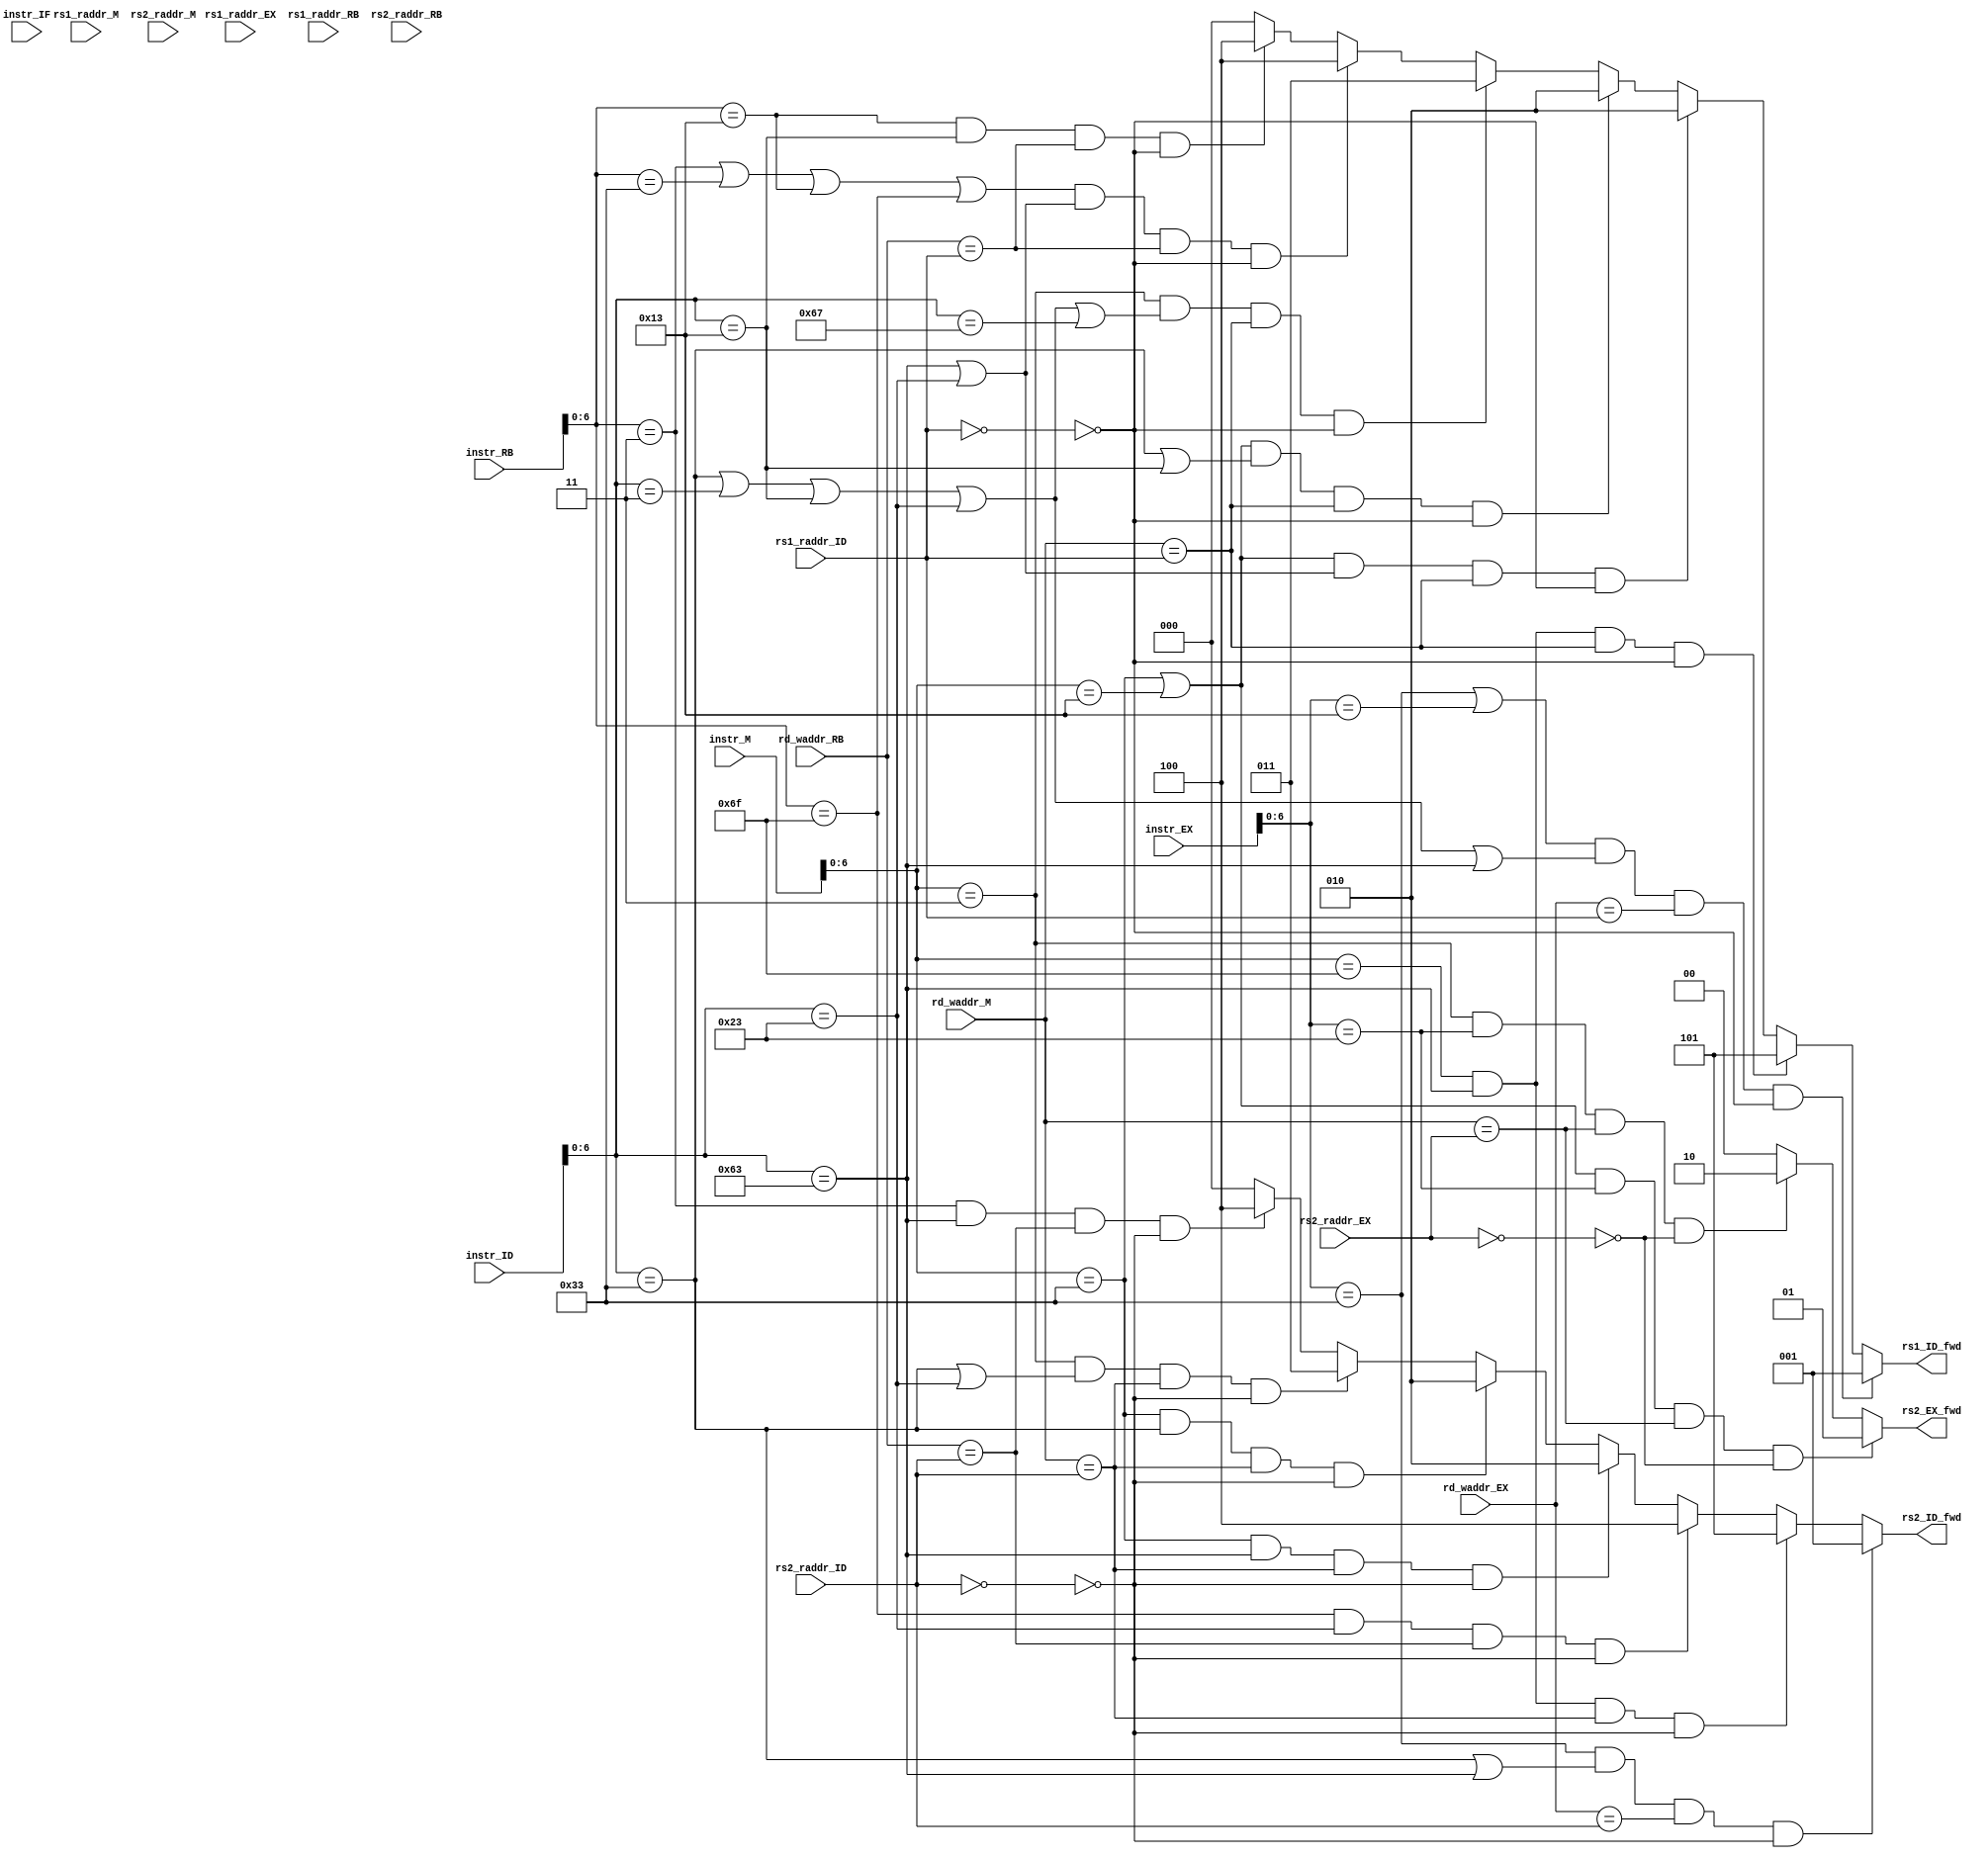
// `include "Def.v"
// OPCODE
`define R_TYPE        7'b0110011
`define I_TYPE_OP_IMM 7'b0010011
`define I_TYPE_LOAD   7'b0000011
`define S_TYPE        7'b0100011
`define B_TYPE        7'b1100011
`define J_TYPE        7'b1101111
`define I_TYPE_JALR   7'b1100111
`define U_TYPE_LUI    7'b0110111
`define U_TYPE_AUIPC  7'b0010111

// FUNCT3
// R_TYPE
`define FUNCT3_ADD  3'h0
`define FUNCT3_SUB  3'h0
`define FUNCT3_XOR  3'h4
`define FUNCT3_OR   3'h6
`define FUNCT3_AND  3'h7
`define FUNCT3_SLL  3'h1
`define FUNCT3_SRL  3'h5
`define FUNCT3_SRA  3'h5
`define FUNCT3_SLT  3'h2
`define FUNCT3_SLTU 3'h3
// I_TYPE_OP_IMM
`define FUNCT3_ADDI  3'h0
`define FUNCT3_XORI  3'h4
`define FUNCT3_ORI   3'h6
`define FUNCT3_ANDI  3'h7
`define FUNCT3_SLLI  3'h1
`define FUNCT3_SRLI  3'h5
`define FUNCT3_SRAI  3'h5
`define FUNCT3_SLTI  3'h2
`define FUNCT3_SLTIU 3'h3
// I_TYPE_LOAD
`define FUNCT3_LB  3'h0
`define FUNCT3_LH  3'h1
`define FUNCT3_LW  3'h2
`define FUNCT3_LBU 3'h4
`define FUNCT3_LHU 3'h5
// S_TYPE
`define FUNCT3_SB 3'h0
`define FUNCT3_SH 3'h1
`define FUNCT3_SW 3'h2
// B_TYPE
`define FUNCT3_BEQ  3'h0
`define FUNCT3_BNE  3'h1
`define FUNCT3_BLT  3'h4
`define FUNCT3_BGE  3'h5
`define FUNCT3_BLTU 3'h6
`define FUNCT3_BGEU 3'h7
// J_TYPE
`define FUNCT3_JAL  3'h0  // no funct3
// I_TYPE_JALR
`define FUNCT3_JALR 3'h0
// U_TYPE_LUI
`define FUNCT3_LUI   3'h0 // no funct3
// U_TYPE_AUIPC
`define FUNCT3_AUIPC 3'h0 // no funct3

// FUNCT7
// R_TYPE
`define FUNCT7_ADD  7'h00
`define FUNCT7_SUB  7'h20
`define FUNCT7_XOR  7'h00
`define FUNCT7_OR   7'h00
`define FUNCT7_AND  7'h00
`define FUNCT7_SLL  7'h00
`define FUNCT7_SRL  7'h00
`define FUNCT7_SRA  7'h20
`define FUNCT7_SLT  7'h00
`define FUNCT7_SLTU 7'h00
// I_TYPE_OP_IMM
`define FUNCT7_ADDI  7'h00 // no funct7
`define FUNCT7_XORI  7'h00 // no funct7
`define FUNCT7_ORI   7'h00 // no funct7
`define FUNCT7_ANDI  7'h00 // no funct7
`define FUNCT7_SLLI  7'h00
`define FUNCT7_SRLI  7'h00
`define FUNCT7_SRAI  7'h20
`define FUNCT7_SLTI  7'h00 // no funct7
`define FUNCT7_SLTIU 7'h00 // no funct7
// I_TYPE_LOAD
`define FUNCT7_LB  7'h00   // no funct7
`define FUNCT7_LH  7'h00   // no funct7
`define FUNCT7_LW  7'h00   // no funct7
`define FUNCT7_LBU 7'h00   // no funct7
`define FUNCT7_LHU 7'h00   // no funct7
// S_TYPE
`define FUNCT7_SB 7'h00    // no funct7
`define FUNCT7_SH 7'h00    // no funct7
`define FUNCT7_SW 7'h00    // no funct7
// B_TYPE
`define FUNCT7_BEQ  7'h00  // no funct7
`define FUNCT7_BNE  7'h00  // no funct7
`define FUNCT7_BLT  7'h00  // no funct7
`define FUNCT7_BGE  7'h00  // no funct7
`define FUNCT7_BLTU 7'h00  // no funct7
`define FUNCT7_BGEU 7'h00  // no funct7
// J_TYPE
`define FUNCT7_JAL  7'h00  // no funct7
// I_TYPE_JALR
`define FUNCT7_JALR 7'h00  // no funct7
// U_TYPE_LUI
`define FUNCT7_LUI   7'h00 // no funct7
// U_TYPE_AUIPC
`define FUNCT7_AUIPC 7'h00 // no funct7
module forward_unit (
        input [32-1: 0] instr_IF,
        input [32-1: 0] instr_ID,
        input [32-1:0] instr_EX,
        input [32-1:0] instr_M,
        input [32-1:0] instr_RB,
        input [5-1: 0] rs1_raddr_ID,
        input [5-1: 0] rs2_raddr_ID,

        input [5-1: 0] rs1_raddr_EX,
        input [5-1: 0] rs2_raddr_EX,
        input [5-1: 0] rd_waddr_EX,
        input [5-1: 0] rs1_raddr_M,
        input [5-1: 0] rs2_raddr_M,
        input [5-1: 0] rd_waddr_M,
        input [5-1: 0] rs1_raddr_RB,
        input [5-1: 0] rs2_raddr_RB,
        input [5-1: 0] rd_waddr_RB,

        
        output [3-1: 0] rs1_ID_fwd, 
        // 0,  1: EX_alu_result-> ID_rs1_rdata 2: M_alu_result-> ID_rs1_rdata, 3: M_memrdata-> ID_rs1_rdata
        
        output [3-1: 0] rs2_ID_fwd, 
        // 0,  1: EX_alu_result-> ID_rs2_rdata 2: M_alu_result-> ID_rs2_rdata, 3: M_memrdata-> ID_rs2_rdata
        
        output [2-1: 0] rs2_EX_fwd 
        // 0, 1: M_alu_result-> EX_rs2_rdata, 2: M_memrdata-> EX_rs2_rdata
);

    wire [6:0] op_IF;
    wire [6:0] op_ID;
    wire [6:0] op_EX;
    wire [6:0] op_M;
    wire [6:0] op_RB;

    assign op_IF = instr_IF[6:0];
    assign op_ID = instr_ID[6:0];
    assign op_EX = instr_EX[6:0];
    assign op_M = instr_M[6:0];
    assign op_RB = instr_RB[6:0];


    // assign rs1_ID_fwd = 0;
    // assign rs2_ID_fwd = 0;
    // assign rs2_EX_fwd = 0;

    assign rs1_ID_fwd = (((op_EX==`R_TYPE || op_EX==`I_TYPE_OP_IMM) && (op_ID==`R_TYPE || op_ID==`I_TYPE_LOAD || op_ID==`I_TYPE_OP_IMM || op_ID==`S_TYPE || op_ID==`B_TYPE) && rd_waddr_EX == rs1_raddr_ID && ~(rs1_raddr_ID == 0))==1)? 1:

        (((op_M==`J_TYPE) && (op_ID==`B_TYPE) && rd_waddr_M == rs1_raddr_ID && ~(rs1_raddr_ID == 0))==1)? 5:
        (((op_M==`R_TYPE || op_M==`I_TYPE_OP_IMM) && (op_ID==`B_TYPE || op_ID==`S_TYPE) && rd_waddr_M == rs1_raddr_ID)==1 && ~(rs1_raddr_ID == 0))? 2:
        (((op_M==`R_TYPE || op_M==`I_TYPE_OP_IMM) && (op_ID==`R_TYPE || op_ID==`I_TYPE_OP_IMM) && rd_waddr_M == rs1_raddr_ID)==1 && ~(rs1_raddr_ID == 0))? 2:
        ((op_M==`I_TYPE_LOAD && (op_ID==`R_TYPE || op_ID==`I_TYPE_LOAD || op_ID==`I_TYPE_OP_IMM || op_ID==`S_TYPE || op_ID==`I_TYPE_JALR) && rd_waddr_M == rs1_raddr_ID && ~(rs1_raddr_ID == 0))==1)? 3: 
        ((((op_RB==`I_TYPE_LOAD || op_RB==`R_TYPE || op_RB==`I_TYPE_OP_IMM || op_RB == `J_TYPE) && (op_ID==`B_TYPE || op_ID==`S_TYPE)) && rd_waddr_RB == rs1_raddr_ID && ~(rs1_raddr_ID == 0))==1) ? 4:
        ((op_RB==`I_TYPE_OP_IMM && op_ID==`I_TYPE_OP_IMM && rd_waddr_RB == rs1_raddr_ID && ~(rs1_raddr_ID == 0))==1)? 4: 0;

    assign rs2_ID_fwd = ((op_EX==`R_TYPE && (op_ID==`R_TYPE || op_ID==`B_TYPE) && rd_waddr_EX == rs2_raddr_ID && ~(rs2_raddr_ID == 0))==1)? 1:
        
        (((op_M==`J_TYPE) && (op_ID==`B_TYPE) && rd_waddr_M == rs2_raddr_ID && ~(rs2_raddr_ID == 0))==1)? 5:
        ((((op_RB == `J_TYPE) && (op_ID==`S_TYPE)) && rd_waddr_RB == rs2_raddr_ID && ~(rs2_raddr_ID == 0))==1) ? 4:
        ((op_M==`R_TYPE && op_ID==`B_TYPE && rd_waddr_M == rs2_raddr_ID && ~(rs2_raddr_ID == 0))==1)? 2:
        (((op_M==`R_TYPE) && (op_ID==`R_TYPE) && rd_waddr_M == rs2_raddr_ID)==1 && ~(rs2_raddr_ID == 0))? 2:
        ((op_M==`I_TYPE_LOAD && (op_ID==`R_TYPE || op_ID==`S_TYPE) && rd_waddr_M == rs2_raddr_ID && ~(rs2_raddr_ID == 0))==1)? 3: 
        (((op_RB==`I_TYPE_LOAD && op_ID==`B_TYPE) && rd_waddr_RB == rs2_raddr_ID && ~(rs2_raddr_ID == 0))==1) ? 4: 0;

    assign rs2_EX_fwd = (((op_M==`R_TYPE || op_M==`I_TYPE_OP_IMM ) && op_EX==`S_TYPE && rd_waddr_M == rs2_raddr_EX && ~(rs2_raddr_EX == 0))==1)? 1:
        ((op_M==`I_TYPE_LOAD && op_EX==`S_TYPE && rd_waddr_M == rs2_raddr_EX && ~(rs2_raddr_EX == 0))==1)? 2: 0;

    // assign rs2_EX_fwd = 0;

    // always @(*) begin
    //     rs1_ID_fwd = 0;
    //     case(1'b1)
    //         (op_EX==`R_TYPE && op_ID==`R_TYPE && rd_waddr_EX == rs1_raddr_ID && ~(rs1_raddr_ID == 0)): rs1_ID_fwd = 1;
    //         (op_EX==`R_TYPE && op_ID==`I_TYPE_LOAD && rd_waddr_EX == rs1_raddr_ID && ~(rs1_raddr_ID == 0)): rs1_ID_fwd = 1;
    //         (op_EX==`R_TYPE && op_ID==`I_TYPE_OP_IMM && rd_waddr_EX == rs1_raddr_ID && ~(rs1_raddr_ID == 0)): rs1_ID_fwd = 1;
    //         (op_EX==`R_TYPE && op_ID==`S_TYPE && rd_waddr_EX == rs1_raddr_ID && ~(rs1_raddr_ID == 0)): rs1_ID_fwd = 1;
    //         (op_EX==`R_TYPE && op_ID==`B_TYPE && rd_waddr_EX == rs1_raddr_ID && ~(rs1_raddr_ID == 0)): rs1_ID_fwd = 1;
    //         (op_EX==`I_TYPE_OP_IMM && op_ID==`R_TYPE && rd_waddr_EX == rs1_raddr_ID && ~(rs1_raddr_ID == 0)): rs1_ID_fwd = 1;
    //         (op_EX==`I_TYPE_OP_IMM && op_ID==`I_TYPE_LOAD && rd_waddr_EX == rs1_raddr_ID && ~(rs1_raddr_ID == 0)): rs1_ID_fwd = 1;
    //         (op_EX==`I_TYPE_OP_IMM && op_ID==`I_TYPE_OP_IMM && rd_waddr_EX == rs1_raddr_ID && ~(rs1_raddr_ID == 0)): rs1_ID_fwd = 1;
    //         (op_EX==`I_TYPE_OP_IMM && op_ID==`S_TYPE && rd_waddr_EX == rs1_raddr_ID && ~(rs1_raddr_ID == 0)): rs1_ID_fwd = 1;
    //         (op_EX==`I_TYPE_OP_IMM && op_ID==`B_TYPE && rd_waddr_EX == rs1_raddr_ID && ~(rs1_raddr_ID == 0)): rs1_ID_fwd = 1;
            
    //         (op_M==`J_TYPE && op_ID==`B_TYPE && rd_waddr_M == rs1_raddr_ID && ~(rs1_raddr_ID == 0)): rs1_ID_fwd = 5;
        
    //         (op_M==`R_TYPE && op_ID==`B_TYPE && rd_waddr_M == rs1_raddr_ID && ~(rs1_raddr_ID == 0)): rs1_ID_fwd = 2;
    //         (op_M==`R_TYPE && op_ID==`S_TYPE && rd_waddr_M == rs1_raddr_ID && ~(rs1_raddr_ID == 0)): rs1_ID_fwd = 2;
    //         (op_M==`R_TYPE && op_ID==`R_TYPE && rd_waddr_M == rs1_raddr_ID && ~(rs1_raddr_ID == 0)): rs1_ID_fwd = 2;
    //         (op_M==`R_TYPE && op_ID==`I_TYPE_OP_IMM && rd_waddr_M == rs1_raddr_ID && ~(rs1_raddr_ID == 0)): rs1_ID_fwd = 2;
    //         (op_M==`I_TYPE_OP_IMM && op_ID==`B_TYPE && rd_waddr_M == rs1_raddr_ID && ~(rs1_raddr_ID == 0)): rs1_ID_fwd = 2;
    //         (op_M==`I_TYPE_OP_IMM && op_ID==`S_TYPE && rd_waddr_M == rs1_raddr_ID && ~(rs1_raddr_ID == 0)): rs1_ID_fwd = 2;
    //         (op_M==`I_TYPE_OP_IMM && op_ID==`R_TYPE && rd_waddr_M == rs1_raddr_ID && ~(rs1_raddr_ID == 0)): rs1_ID_fwd = 2;
    //         (op_M==`I_TYPE_OP_IMM && op_ID==`I_TYPE_OP_IMM && rd_waddr_M == rs1_raddr_ID && ~(rs1_raddr_ID == 0)): rs1_ID_fwd = 2;
            
    //         (op_M==`I_TYPE_LOAD && op_ID==`R_TYPE && rd_waddr_M == rs1_raddr_ID && ~(rs1_raddr_ID == 0)): rs1_ID_fwd = 3;
    //         (op_M==`I_TYPE_LOAD && op_ID==`I_TYPE_LOAD && rd_waddr_M == rs1_raddr_ID && ~(rs1_raddr_ID == 0)): rs1_ID_fwd = 3;
    //         (op_M==`I_TYPE_LOAD && op_ID==`I_TYPE_OP_IMM && rd_waddr_M == rs1_raddr_ID && ~(rs1_raddr_ID == 0)): rs1_ID_fwd = 3;
    //         (op_M==`I_TYPE_LOAD && op_ID==`S_TYPE && rd_waddr_M == rs1_raddr_ID && ~(rs1_raddr_ID == 0)): rs1_ID_fwd = 3;

    //         (op_RB==`I_TYPE_LOAD && op_ID==`B_TYPE && rd_waddr_RB == rs1_raddr_ID && ~(rs1_raddr_ID == 0)): rs1_ID_fwd = 4;
    //         (op_RB==`I_TYPE_LOAD && op_ID==`S_TYPE && rd_waddr_RB == rs1_raddr_ID && ~(rs1_raddr_ID == 0)): rs1_ID_fwd = 4;
    //         (op_RB==`I_TYPE_LOAD && op_ID==`R_TYPE && rd_waddr_RB == rs1_raddr_ID && ~(rs1_raddr_ID == 0)): rs1_ID_fwd = 4;
    //         (op_RB==`I_TYPE_LOAD && op_ID==`I_TYPE_OP_IMM && rd_waddr_RB == rs1_raddr_ID && ~(rs1_raddr_ID == 0)): rs1_ID_fwd = 4;
    //         (op_RB==`R_TYPE && op_ID==`B_TYPE && rd_waddr_RB == rs1_raddr_ID && ~(rs1_raddr_ID == 0)): rs1_ID_fwd = 4;
    //         (op_RB==`R_TYPE && op_ID==`S_TYPE && rd_waddr_RB == rs1_raddr_ID && ~(rs1_raddr_ID == 0)): rs1_ID_fwd = 4;
    //         (op_RB==`R_TYPE && op_ID==`R_TYPE && rd_waddr_RB == rs1_raddr_ID && ~(rs1_raddr_ID == 0)): rs1_ID_fwd = 4;
    //         (op_RB==`R_TYPE && op_ID==`I_TYPE_OP_IMM && rd_waddr_RB == rs1_raddr_ID && ~(rs1_raddr_ID == 0)): rs1_ID_fwd = 4;
    //         (op_RB==`I_TYPE_OP_IMM && op_ID==`B_TYPE && rd_waddr_RB == rs1_raddr_ID && ~(rs1_raddr_ID == 0)): rs1_ID_fwd = 4;
    //         (op_RB==`I_TYPE_OP_IMM && op_ID==`S_TYPE && rd_waddr_RB == rs1_raddr_ID && ~(rs1_raddr_ID == 0)): rs1_ID_fwd = 4;
    //         (op_RB==`I_TYPE_OP_IMM && op_ID==`R_TYPE && rd_waddr_RB == rs1_raddr_ID && ~(rs1_raddr_ID == 0)): rs1_ID_fwd = 4;
    //         (op_RB==`I_TYPE_OP_IMM && op_ID==`I_TYPE_OP_IMM && rd_waddr_RB == rs1_raddr_ID && ~(rs1_raddr_ID == 0)): rs1_ID_fwd = 4;
    //         (op_RB==`J_TYPE && op_ID==`B_TYPE && rd_waddr_RB == rs1_raddr_ID && ~(rs1_raddr_ID == 0)): rs1_ID_fwd = 4;
    //         (op_RB==`J_TYPE && op_ID==`S_TYPE && rd_waddr_RB == rs1_raddr_ID && ~(rs1_raddr_ID == 0)): rs1_ID_fwd = 4;
    //         (op_RB==`J_TYPE && op_ID==`R_TYPE && rd_waddr_RB == rs1_raddr_ID && ~(rs1_raddr_ID == 0)): rs1_ID_fwd = 4;
    //         (op_RB==`J_TYPE && op_ID==`I_TYPE_OP_IMM && rd_waddr_RB == rs1_raddr_ID && ~(rs1_raddr_ID == 0)): rs1_ID_fwd = 4;
    //     endcase
    // end

    // always @(*) begin
    //     rs2_ID_fwd = 0;
    //     case (1'b1)

    //         (op_EX==`R_TYPE && op_ID==`R_TYPE && rd_waddr_EX == rs2_raddr_ID && ~(rs2_raddr_ID == 0)): rs2_ID_fwd = 1;
    //         (op_EX==`R_TYPE && op_ID==`S_TYPE && rd_waddr_EX == rs2_raddr_ID && ~(rs2_raddr_ID == 0)): rs2_ID_fwd = 1;
    //         (op_EX==`R_TYPE && op_ID==`B_TYPE && rd_waddr_EX == rs2_raddr_ID && ~(rs2_raddr_ID == 0)): rs2_ID_fwd = 1;
    //         (op_EX==`I_TYPE_OP_IMM && op_ID==`R_TYPE && rd_waddr_EX == rs2_raddr_ID && ~(rs2_raddr_ID == 0)): rs2_ID_fwd = 1;
    //         (op_EX==`I_TYPE_OP_IMM && op_ID==`S_TYPE && rd_waddr_EX == rs2_raddr_ID && ~(rs2_raddr_ID == 0)): rs2_ID_fwd = 1;
    //         (op_EX==`I_TYPE_OP_IMM && op_ID==`B_TYPE && rd_waddr_EX == rs2_raddr_ID && ~(rs2_raddr_ID == 0)): rs2_ID_fwd = 1;
            
    //         (op_M==`J_TYPE && op_ID==`B_TYPE && rd_waddr_M == rs2_raddr_ID && ~(rs2_raddr_ID == 0)): rs2_ID_fwd = 5;
        
    //         (op_M==`R_TYPE && op_ID==`B_TYPE && rd_waddr_M == rs2_raddr_ID && ~(rs2_raddr_ID == 0)): rs2_ID_fwd = 2;
    //         (op_M==`R_TYPE && op_ID==`S_TYPE && rd_waddr_M == rs2_raddr_ID && ~(rs2_raddr_ID == 0)): rs2_ID_fwd = 2;
    //         (op_M==`R_TYPE && op_ID==`R_TYPE && rd_waddr_M == rs2_raddr_ID && ~(rs2_raddr_ID == 0)): rs2_ID_fwd = 2;
    //         (op_M==`I_TYPE_OP_IMM && op_ID==`B_TYPE && rd_waddr_M == rs2_raddr_ID && ~(rs2_raddr_ID == 0)): rs2_ID_fwd = 2;
    //         (op_M==`I_TYPE_OP_IMM && op_ID==`S_TYPE && rd_waddr_M == rs2_raddr_ID && ~(rs2_raddr_ID == 0)): rs2_ID_fwd = 2;
    //         (op_M==`I_TYPE_OP_IMM && op_ID==`R_TYPE && rd_waddr_M == rs2_raddr_ID && ~(rs2_raddr_ID == 0)): rs2_ID_fwd = 2;
            
    //         (op_M==`I_TYPE_LOAD && op_ID==`R_TYPE && rd_waddr_M == rs2_raddr_ID && ~(rs2_raddr_ID == 0)): rs2_ID_fwd = 3;
    //         (op_M==`I_TYPE_LOAD && op_ID==`S_TYPE && rd_waddr_M == rs2_raddr_ID && ~(rs2_raddr_ID == 0)): rs2_ID_fwd = 3;

    //         (op_RB==`I_TYPE_LOAD && op_ID==`B_TYPE && rd_waddr_RB == rs2_raddr_ID && ~(rs2_raddr_ID == 0)): rs2_ID_fwd = 4;
    //         (op_RB==`I_TYPE_LOAD && op_ID==`S_TYPE && rd_waddr_RB == rs2_raddr_ID && ~(rs2_raddr_ID == 0)): rs2_ID_fwd = 4;
    //         (op_RB==`I_TYPE_LOAD && op_ID==`R_TYPE && rd_waddr_RB == rs2_raddr_ID && ~(rs2_raddr_ID == 0)): rs2_ID_fwd = 4;
    //         (op_RB==`R_TYPE && op_ID==`B_TYPE && rd_waddr_RB == rs2_raddr_ID && ~(rs2_raddr_ID == 0)): rs2_ID_fwd = 4;
    //         (op_RB==`R_TYPE && op_ID==`S_TYPE && rd_waddr_RB == rs2_raddr_ID && ~(rs2_raddr_ID == 0)): rs2_ID_fwd = 4;
    //         (op_RB==`R_TYPE && op_ID==`R_TYPE && rd_waddr_RB == rs2_raddr_ID && ~(rs2_raddr_ID == 0)): rs2_ID_fwd = 4;
    //         (op_RB==`I_TYPE_OP_IMM && op_ID==`B_TYPE && rd_waddr_RB == rs2_raddr_ID && ~(rs2_raddr_ID == 0)): rs2_ID_fwd = 4;
    //         (op_RB==`I_TYPE_OP_IMM && op_ID==`S_TYPE && rd_waddr_RB == rs2_raddr_ID && ~(rs2_raddr_ID == 0)): rs2_ID_fwd = 4;
    //         (op_RB==`I_TYPE_OP_IMM && op_ID==`R_TYPE && rd_waddr_RB == rs2_raddr_ID && ~(rs2_raddr_ID == 0)): rs2_ID_fwd = 4;
    //         (op_RB==`J_TYPE && op_ID==`B_TYPE && rd_waddr_RB == rs2_raddr_ID && ~(rs2_raddr_ID == 0)): rs2_ID_fwd = 4;
    //         (op_RB==`J_TYPE && op_ID==`S_TYPE && rd_waddr_RB == rs2_raddr_ID && ~(rs2_raddr_ID == 0)): rs2_ID_fwd = 4;
    //         (op_RB==`J_TYPE && op_ID==`R_TYPE && rd_waddr_RB == rs2_raddr_ID && ~(rs2_raddr_ID == 0)): rs2_ID_fwd = 4;
    //     endcase
    // end

























    // assign rs2_ID_fwd = ((op_EX==`R_TYPE && (op_ID==`R_TYPE || op_ID==`B_TYPE) && rd_waddr_EX == rs2_raddr_ID && ~(rs2_raddr_ID == 0))==1)? 1:

    //     ((op_EX==`I_TYPE_OP_IMM && op_ID==`R_TYPE && rd_waddr_EX == rs2_raddr_ID && ~(rs2_raddr_ID == 0))==1)? 1:
    //     (((op_M==`J_TYPE) && (op_ID==`B_TYPE) && rd_waddr_M == rs2_raddr_ID && ~(rs2_raddr_ID == 0))==1)? 5:

    //     ((((op_RB == `J_TYPE) && (op_ID==`S_TYPE)) && rd_waddr_RB == rs2_raddr_ID && ~(rs2_raddr_ID == 0))==1) ? 4:

    //     ((op_M==`R_TYPE && op_ID==`B_TYPE && rd_waddr_M == rs2_raddr_ID && ~(rs2_raddr_ID == 0))==1)? 2:
    //     ((op_M==`I_TYPE_OP_IMM && op_ID==`R_TYPE && rd_waddr_EX == rs2_raddr_ID && ~(rs2_raddr_ID == 0))==1)? 1:
    //     (((op_M==`R_TYPE) && (op_ID==`R_TYPE) && rd_waddr_M == rs2_raddr_ID)==1 && ~(rs2_raddr_ID == 0))? 2:
    //     ((op_M==`I_TYPE_LOAD && (op_ID==`R_TYPE || op_ID==`S_TYPE) && rd_waddr_M == rs2_raddr_ID && ~(rs2_raddr_ID == 0))==1)? 3: 
    //     (((op_RB==`I_TYPE_LOAD && op_ID==`B_TYPE) && rd_waddr_RB == rs2_raddr_ID && ~(rs2_raddr_ID == 0))==1) ? 4: 0;

    // assign rs2_EX_fwd = (((op_M==`R_TYPE || op_M==`I_TYPE_OP_IMM ) && op_EX==`S_TYPE && rd_waddr_M == rs2_raddr_EX && ~(rs2_raddr_EX == 0))==1)? 1:
    //     ((op_M==`I_TYPE_LOAD && op_EX==`S_TYPE && rd_waddr_M == rs2_raddr_EX && ~(rs2_raddr_EX == 0))==1)? 2: 0;



endmodule